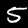
Digit: 5